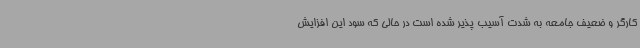
کارگر و ضعیف جامعه به شدت آسیب پذیر شده است در حالی که سود این افزایش